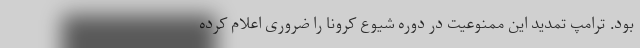
بود. ترامپ تمدید این ممنوعیت در دوره شیوع کرونا را ضروری اعلام کرده